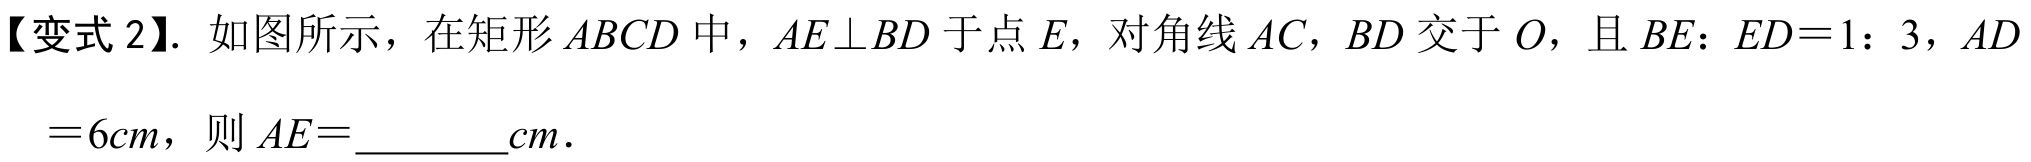
【变式2】. 如图所示，在矩形 \(ABCD\) 中，\(AE\perp BD\) 于点 \(E\)，对角线 \(AC\)，\(BD\) 交于 \(O\)，且 \(BE:ED = 1:3\)，\(AD\)
\(=6cm\)，则 \(AE=\)  \(cm\).